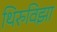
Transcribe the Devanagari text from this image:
थिरुविझा